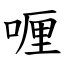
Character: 喱